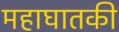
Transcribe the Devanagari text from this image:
महाघातकी